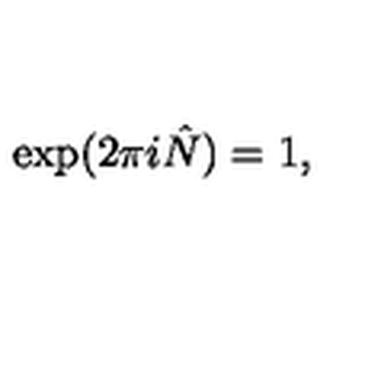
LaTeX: \exp ( 2 \pi i \hat { N } ) = 1 ,